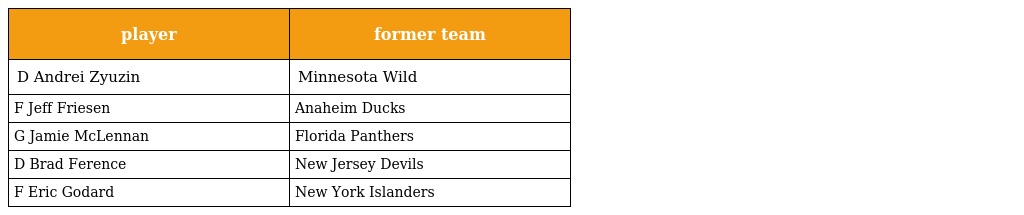
| player | former team |
 | --- | --- |
 | D Andrei Zyuzin | Minnesota Wild |
 | F Jeff Friesen | Anaheim Ducks |
 | G Jamie McLennan | Florida Panthers |
 | D Brad Ference | New Jersey Devils |
 | F Eric Godard | New York Islanders |